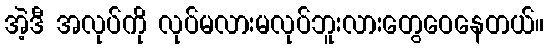
အဲ့ဒီ အလုပ်ကို လုပ်မလားမလုပ်ဘူးလားတွေဝေနေတယ်။